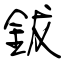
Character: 鈸